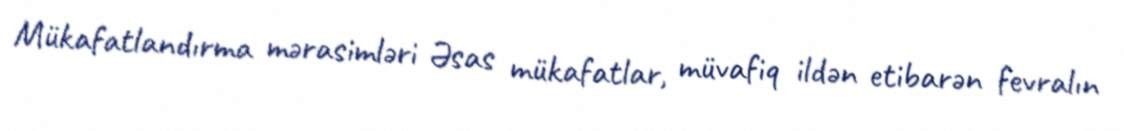
Mükafatlandırma mərasimləri Əsas mükafatlar, müvafiq ildən etibarən fevralın